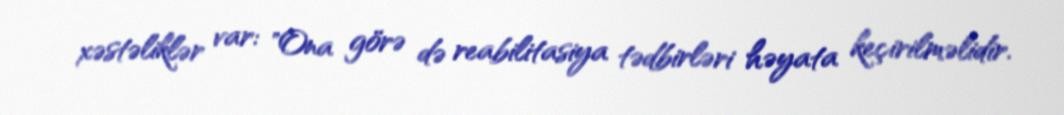
xəstəliklər var: "Ona görə də reabilitasiya tədbirləri həyata keçirilməlidir.